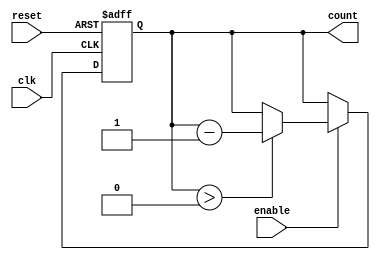
module down_counter #(
    parameter N = 4 // Number of bits for the counter, configure as needed
)(
    input wire clk,        // Clock signal
    input wire reset,      // Asynchronous reset signal
    input wire enable,     // Enable signal for decrementing
    output reg [N-1:0] count // Current value of the counter
);

    // Maximum count value
    localparam MAX_COUNT = (1 << N) - 1; // 2^N - 1

    // Asynchronous Reset and Counting Logic
    always @(posedge clk or posedge reset) begin
        if (reset) begin
            // Reset the counter to the maximum value
            count <= MAX_COUNT;
        end 
        else if (enable) begin
            // Decrement counter only if current count is not 0
            if (count > 0) begin
                count <= count - 1;
            end
        end
    end

endmodule